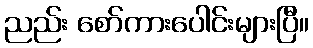
ညည်း စော်ကားပေါင်းများပြီ။